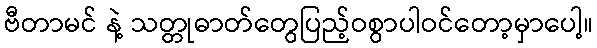
ဗီတာမင် နဲ့ သတ္တုဓာတ်တွေပြည့်ဝစွာပါဝင်တော့မှာပေါ့။